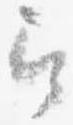
召